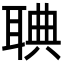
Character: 𦖌